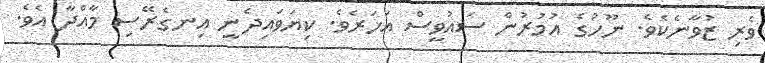
ވެރި ޒުވާނެކެވެ. ނޫހުގެ އުމުރުން ސައުވީސް އަހަރެވެ. ކިޔަވައިދެނީ އިނގެރޭސި މާއްދާ އެވެ.